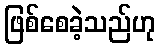
ဖြစ်စေခဲ့သည်ဟု